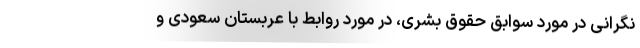
نگرانی در مورد سوابق حقوق بشری، در مورد روابط با عربستان سعودی و